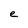
Character: e